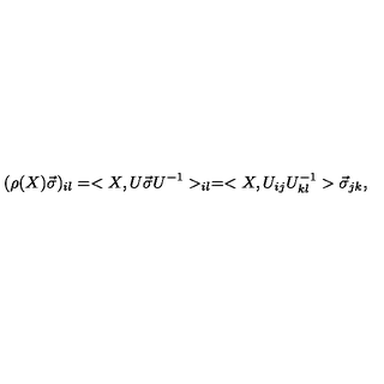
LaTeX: ( \rho ( X ) \vec { \sigma } ) _ { i l } = < X , U \vec { \sigma } U ^ { - 1 } > _ { i l } = < X , U _ { i j } U _ { k l } ^ { - 1 } > \vec { \sigma } _ { j k } ,